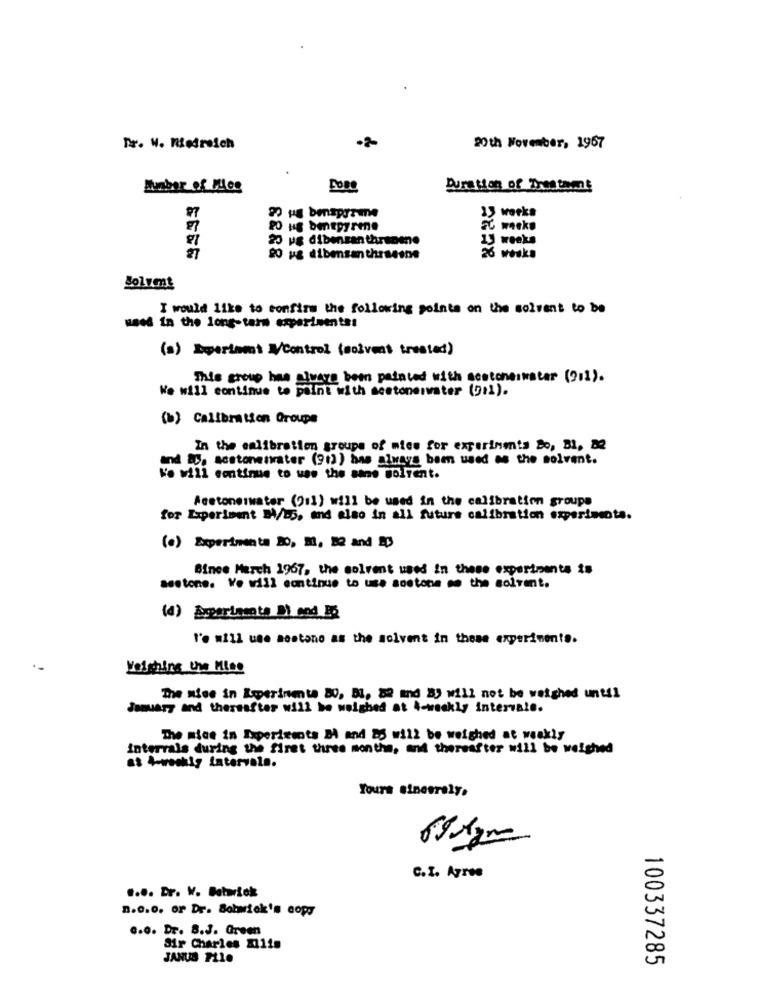
Dr. W. Kimireich
20th November, 1967
Munber of Miles
Duration of Trestamt
13 works
2 ug dibenzanthranene
23 weeks
27
80 ug dibesanthrssons
26 weska
Solvent
I would like to confirm the following points on the solvent to be
used in the long-term experimentas
(a) Depertomt W/Control (solvent treated)
This group has always been painted with sestoneiwater (911).
We will continue to paint with seetonerwater (9:1).
(b) Calibration Groupe
In the calibration groups of mice for experiments Do, Bl, BQ
and BU. scatonetwater (91)) has always been used as the solvent.
He will continue to use the same wolfent.
feetonerwater (ji1) will be used in the calibration groups
for Experiment Di/DD, and also in all future calibration experiments.
(e) Experimenta 20, M. B2 and A
Since March 1967, the solrent used in these experiments is
sestone. We will continue to use seetona so the solvent.
(4) Experimente DI and B5
l'e will use sestano as the solvent in these experimenta.
Veishins the Mise
The mise in Imperinenta BO, Bl, 82 mnd By will not be weighed until
January and thereafter will be weighed at 4-weekly intervale.
The mice in Ixpericents B and 25 wil2 be weighed at weakly
intervals during the first three months, and thereafter will be weighed
as 4-weekly intervals.
Yours sincerely,
C.I. Agree
.... Dr. W. Batwick
n.c.0. or Dr. Sobwick's copy
0.0. Dr. B.J. Green
Sir Charles 211is
JANUS FLI.
100337285